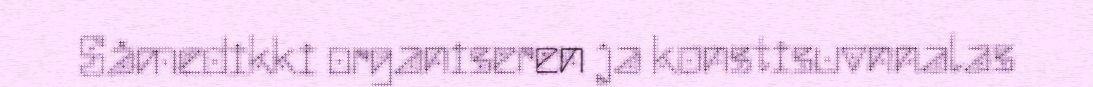
Såmedikki organiseren ja konstisuvnnalas